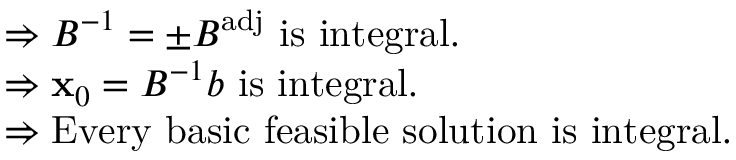
{ \begin{array} { r l } & { \Rightarrow B ^ { - 1 } = \pm B ^ { \mathrm { a d j } } { \mathrm { ~ i s ~ i n t e g r a l . } } } \\ & { \Rightarrow \mathbf { x } _ { 0 } = B ^ { - 1 } b { \mathrm { ~ i s ~ i n t e g r a l . } } } \\ & { \Rightarrow { \mathrm { E v e r y ~ b a s i c ~ f e a s i b l e ~ s o l u t i o n ~ i s ~ i n t e g r a l . } } } \end{array} }